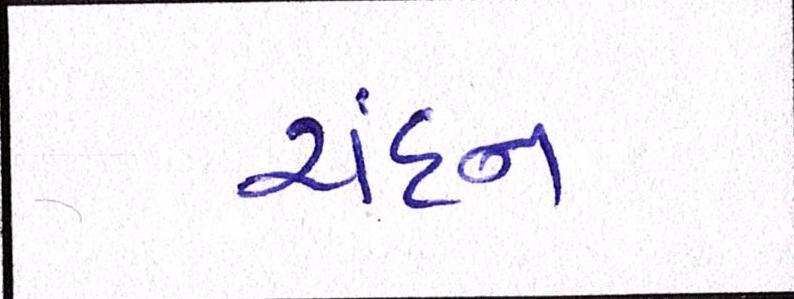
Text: ચંદન